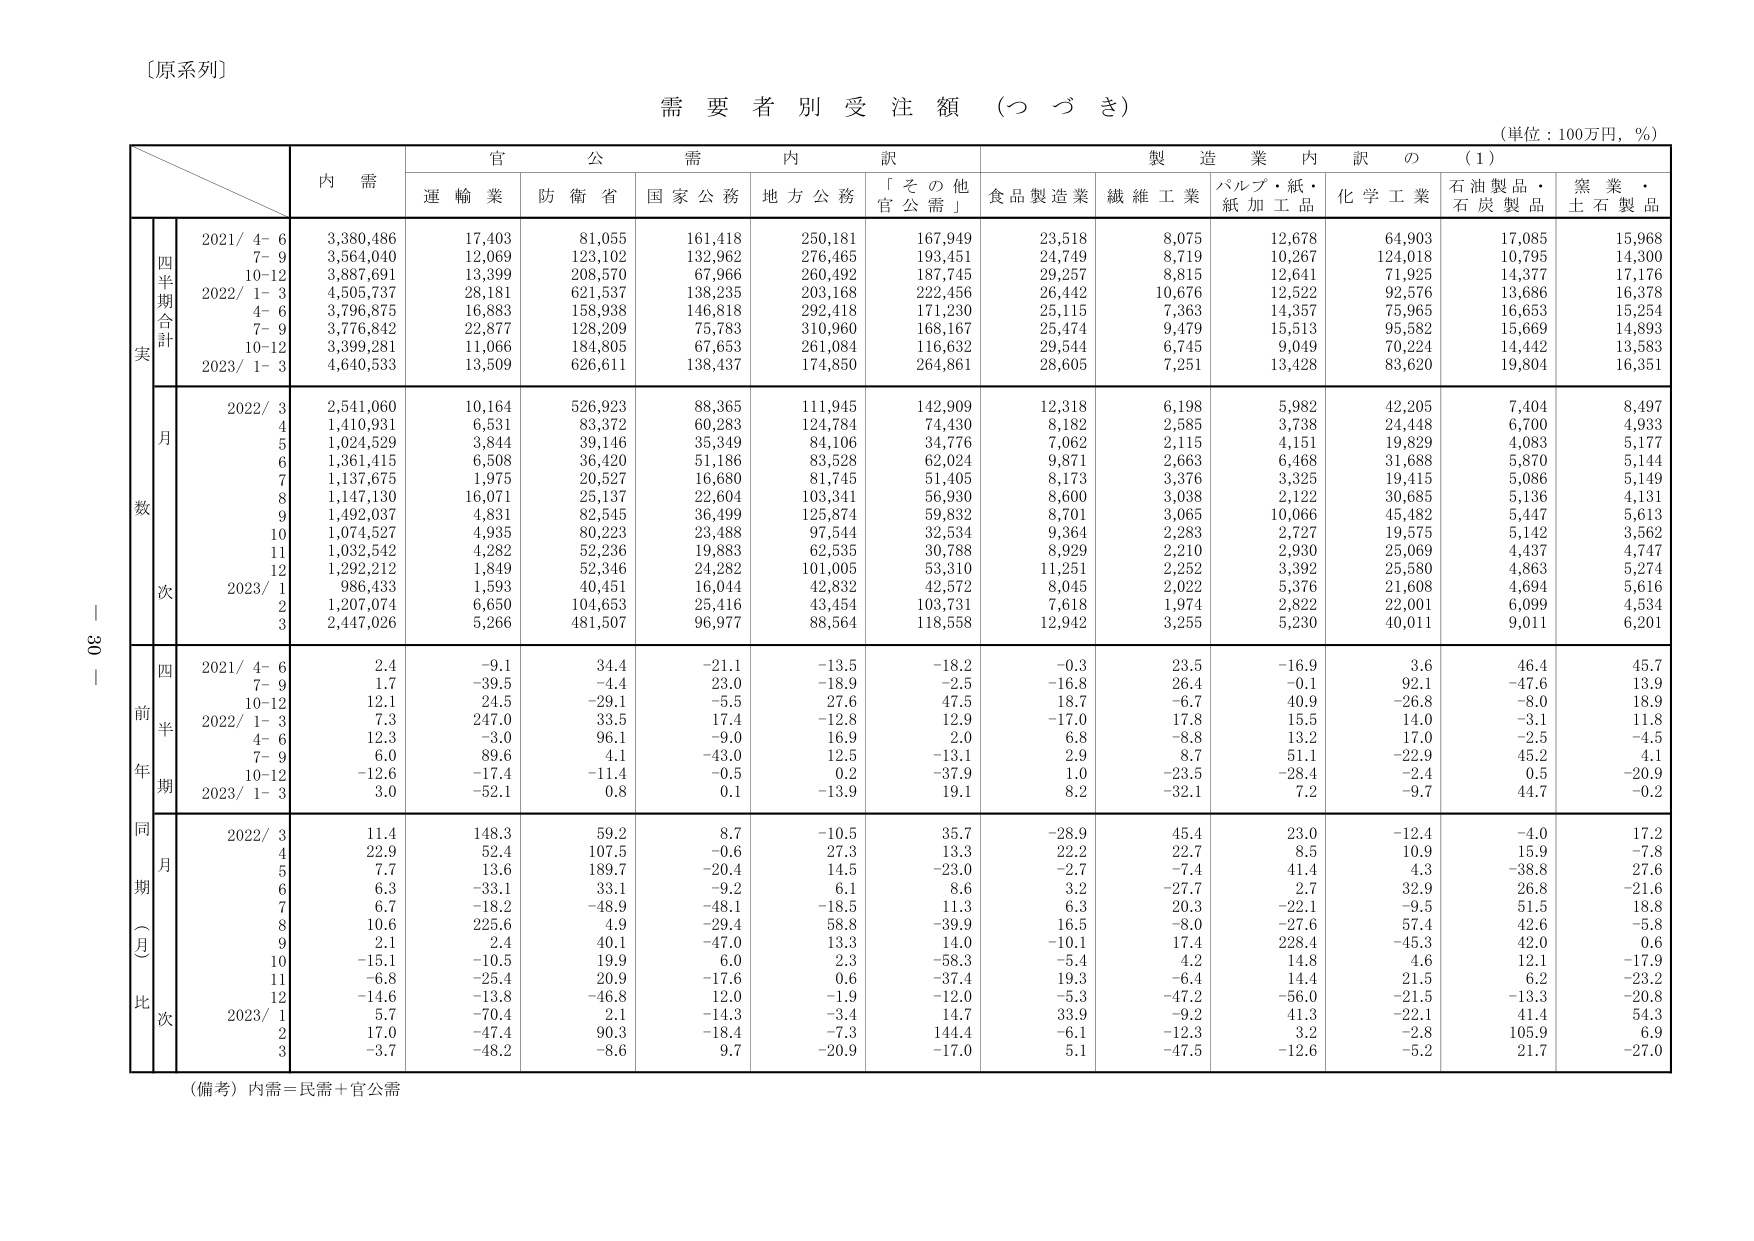
〔原系列〕

需要者別受注額（つづき）

（単位：100万円，％）

内 需
官 公 需 内 訳
製 造 業 内 訳 の （1）
運 輸 業 防 衛 省 国 家 公 務 地 方 公 務 「そ の 他 官 公 需」 食 品 製 造 業 繊 維 工 業 パルプ・紙・紙 加 工 品 化 学 工 業 石 油 製 品・石 炭 製 品 窯 業・土 石 製 品

四半期合計
実
2021/ 4- 6 3,380,486 17,403 81,055 161,418 250,181 167,949 23,518 8,075 12,678 64,903 17,085 15,968
7- 9 3,564,040 12,069 123,102 132,962 276,465 193,451 24,749 8,719 10,267 124,018 10,795 14,300
10-12 3,887,691 13,399 208,570 67,966 260,492 187,745 29,257 8,815 12,641 71,925 14,377 17,176
2022/ 1- 3 4,505,737 28,181 621,537 138,235 203,168 222,456 26,442 10,676 12,522 92,576 13,686 16,378
4- 6 3,796,875 16,883 158,938 146,818 292,418 171,230 25,115 7,363 14,357 75,965 16,653 15,254
7- 9 3,776,842 22,877 128,209 75,783 310,960 168,167 25,474 9,479 15,513 95,582 15,669 14,893
10-12 3,399,281 11,066 184,805 67,653 261,084 116,632 29,544 6,745 9,049 70,224 14,442 13,583
2023/ 1- 3 4,640,533 13,509 626,611 138,437 174,850 264,861 28,605 7,251 13,428 83,620 19,804 16,351

月数
2022/ 3 2,541,060 10,164 526,923 88,365 111,945 142,909 12,318 6,198 5,982 42,205 7,404 8,497
4 1,410,931 6,531 83,372 60,283 124,784 74,430 8,182 2,585 3,738 24,448 6,700 4,933
5 1,024,529 3,844 39,146 35,349 84,106 34,776 7,062 2,115 4,151 19,829 4,083 5,177
6 1,361,415 6,508 36,420 51,186 83,528 62,024 9,871 2,663 6,468 31,688 5,870 5,144
7 1,137,675 1,975 20,527 16,680 81,745 51,405 8,173 3,376 3,325 19,415 5,086 5,149
8 1,147,130 16,071 25,137 22,604 103,341 56,930 8,600 3,038 2,122 30,685 5,136 4,131
9 1,492,037 4,831 82,545 36,499 125,874 59,832 8,701 3,065 10,066 45,482 5,447 5,613
10 1,074,527 4,935 80,223 23,488 97,544 32,534 9,364 2,283 2,727 19,575 5,142 3,562
11 1,032,542 4,282 52,236 19,883 62,535 30,788 8,929 2,210 2,930 25,069 4,437 4,747
12 1,292,212 1,849 52,346 24,282 101,005 53,310 11,251 2,252 3,392 25,580 4,863 5,274
2023/ 1 986,433 1,593 40,451 16,044 42,832 42,572 8,045 2,022 5,376 21,608 4,694 5,616
2 1,207,074 6,650 104,653 25,416 43,454 103,731 7,618 1,974 2,822 22,001 6,099 4,534
3 2,447,026 5,266 481,507 96,977 88,564 118,558 12,942 3,255 5,230 40,011 9,011 6,201

四前年期
2021/ 4- 6 2.4 -9.1 34.4 -21.1 -13.5 -18.2 -0.3 23.5 -16.9 3.6 46.4 45.7
7- 9 1.7 -39.5 -4.4 23.0 -18.9 -2.5 -16.8 26.4 -0.1 92.1 -47.6 13.9
10-12 12.1 24.5 -29.1 -5.5 27.6 47.5 18.7 -6.7 40.9 -26.8 -8.0 18.9
2022/ 1- 3 7.3 247.0 33.5 17.4 -12.8 12.9 -17.0 17.8 15.5 14.0 -3.1 11.8
4- 6 12.3 -3.0 96.1 -9.0 16.9 2.0 6.8 -8.8 13.2 17.0 -2.5 -4.5
7- 9 6.0 89.6 4.1 -43.0 12.5 -13.1 2.9 8.7 51.1 -22.9 45.2 4.1
10-12 -12.6 -17.4 -11.4 -0.5 0.2 -37.9 1.0 -23.5 -28.4 -2.4 0.5 -20.9
2023/ 1- 3 3.0 -52.1 0.8 0.1 -13.9 19.1 8.2 -32.1 7.2 -9.7 44.7 -0.2

同月期（月比次）
2022/ 3 11.4 148.3 59.2 8.7 -10.5 35.7 -28.9 45.4 23.0 -12.4 -4.0 17.2
4 22.9 52.4 107.5 -0.6 27.3 13.3 22.2 22.7 8.5 10.9 15.9 -7.8
5 7.7 13.6 189.7 -20.4 14.5 -23.0 -2.7 -7.4 41.4 4.3 -38.8 27.6
6 6.3 -33.1 33.1 -9.2 6.1 8.6 3.2 -27.7 2.7 32.9 26.8 -21.6
7 6.7 -18.2 -48.9 -48.1 -18.5 11.3 6.3 20.3 -22.1 -9.5 51.5 18.8
8 10.6 225.6 4.9 -29.4 58.8 -39.9 16.5 -8.0 -27.6 57.4 42.6 -5.8
9 2.1 2.4 40.1 -47.0 13.3 14.0 -10.1 17.4 228.4 -45.3 42.0 0.6
10 -15.1 -10.5 19.9 6.0 2.3 -58.3 -5.4 4.2 14.8 4.6 12.1 -17.9
11 -6.8 -25.4 20.9 -17.6 0.6 -37.4 19.3 -6.4 14.4 21.5 6.2 -23.2
12 -14.6 -13.8 -46.8 12.0 -1.9 -12.0 -5.3 -47.2 -56.0 -21.5 -13.3 -20.8
2023/ 1 5.7 -70.4 2.1 -14.3 -3.4 14.7 33.9 -9.2 41.3 -22.1 41.4 54.3
2 17.0 -47.4 90.3 -18.4 -7.3 144.4 -6.1 -12.3 3.2 -2.8 105.9 6.9
3 -3.7 -48.2 -8.6 9.7 -20.9 -17.0 5.1 -47.5 -12.6 -5.2 21.7 -27.0

（備考）内需＝民需＋官公需